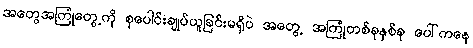
အတွေအကြုံတွေ့ကို စုပေါင်းချုပ်ယူခြင်းမရှိပဲ အတွေ့ အကြုံတစ်ခုနှစ်ခု ပေါ်ကနေ